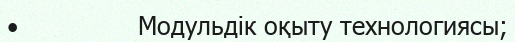
•               Модульдік оқыту технологиясы;